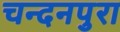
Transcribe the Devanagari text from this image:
चन्दनपुरा